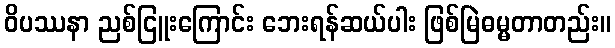
ဝိပဿနာ ညစ်ငြူးကြောင်း ဘေးရန်ဆယ်ပါး ဖြစ်မြဲဓမ္မတာတည်း။